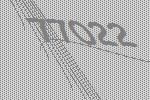
77022